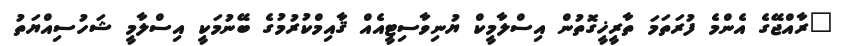
"ރާއްޖޭގެ އެންމެ ފުރަތަމަ ތާރީޚީގޮތުން އިސްލާމީކް ޔުނިވާސިޓީއެއް ޤާއިމްކުރުމުގެ ބޭނުމަކީ އިސްލާމީ ޝަހުސިއްޔަތު